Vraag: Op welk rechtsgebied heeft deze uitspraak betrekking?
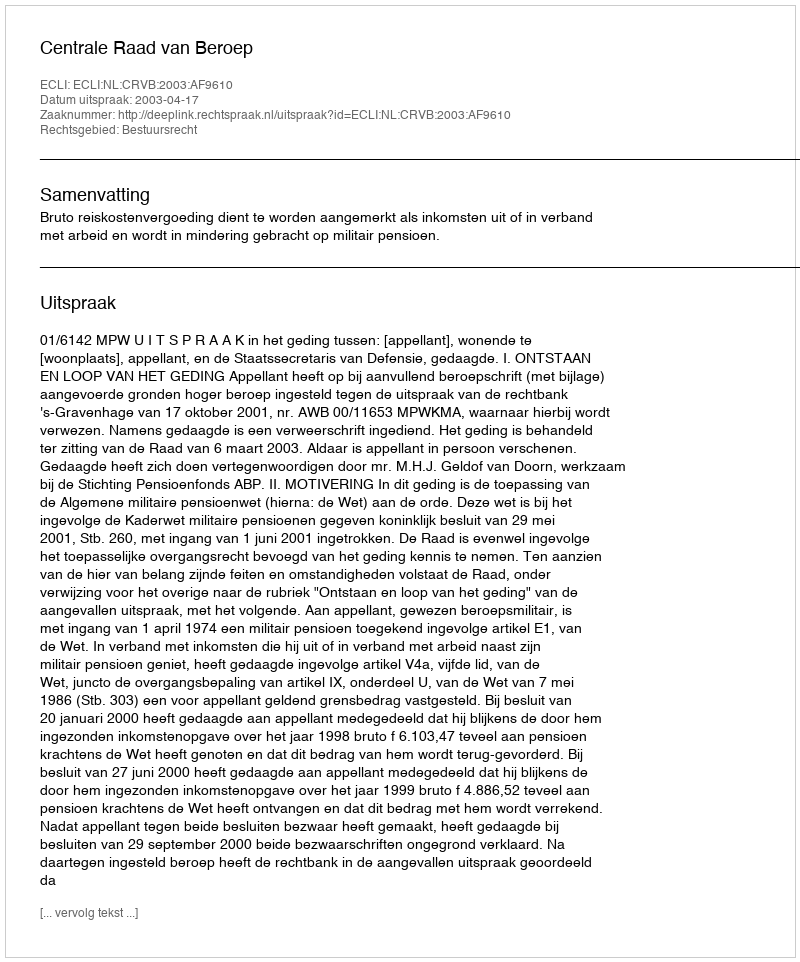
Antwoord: Bestuursrecht